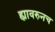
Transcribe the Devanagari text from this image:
ह्यावरुनच